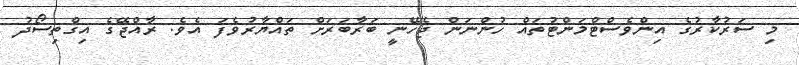
މި ސަރުކާރުގެ އިންވެސްޓްމަންޓުތައް ހުންނަން ޖެހޭނީ ބަރާބަރަށް ތައްޔާރުވެފަ އެވެ. ރާއްޖޭގެ އިގްތިސޯދު